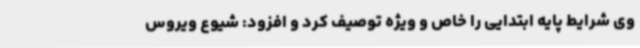
وی شرایط پایه ابتدایی را خاص و ویژه توصیف کرد و افزود: شیوع ویروس